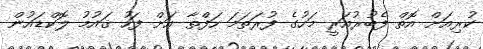
ކުރިއަށް އޮތް ފެބުރުއަރީ މަހުގެ ފުރަތަމަ ހަފްތާ އަށް ފަހު ޤައުމު ލޮކްޑައުން